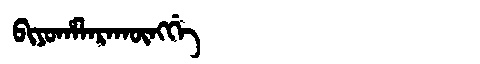
Manchu: ᠪᡳᠶᠣᡥᠠᠯᠠᡵᠠᡴᡡᠩᡤᡝ
Romanization: BIYOHALARAKŪNGGE